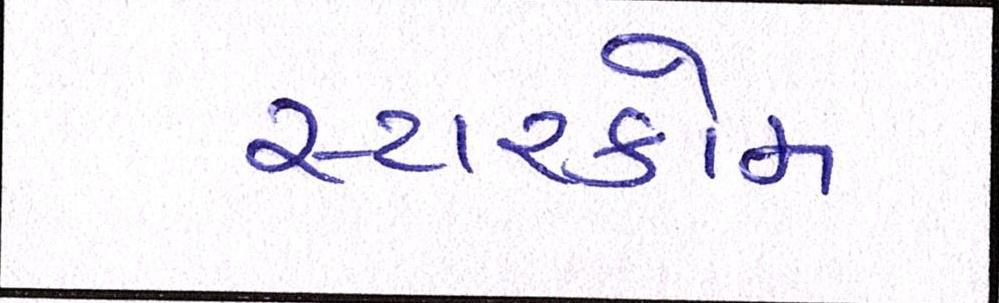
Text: સ્ટારકોમ